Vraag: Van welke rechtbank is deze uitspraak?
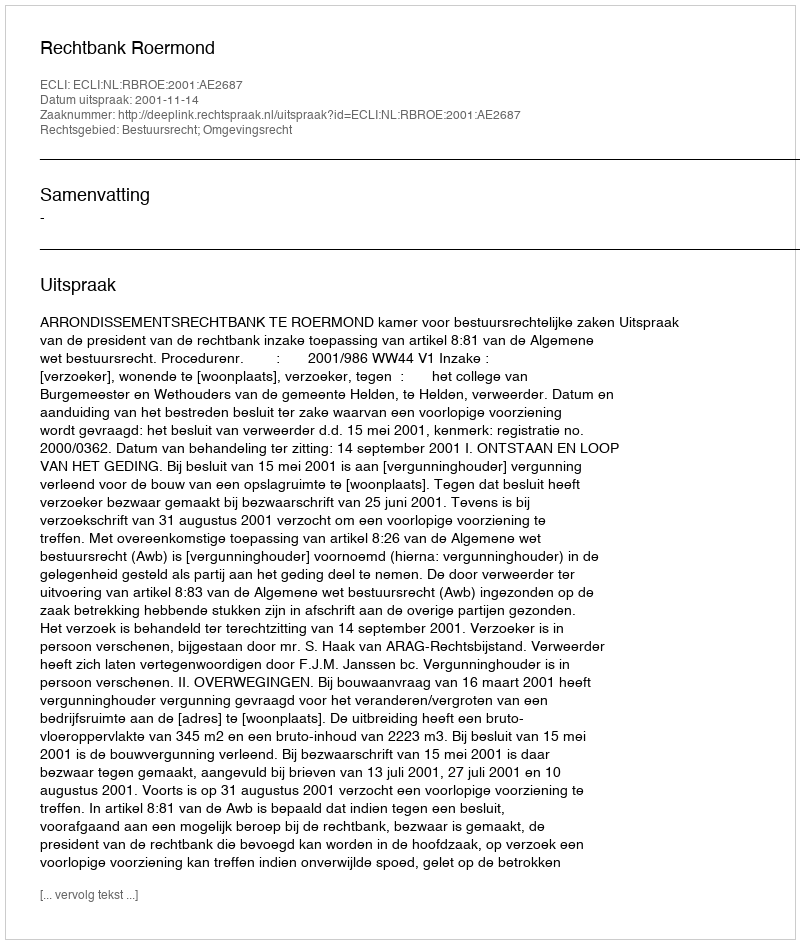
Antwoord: Rechtbank Roermond